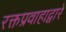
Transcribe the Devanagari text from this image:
रक्तप्रवाहाद्वारे